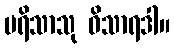
ပရိသာသု ဝိသာရဒါ။